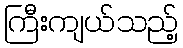
ကြီးကျယ်သည့်